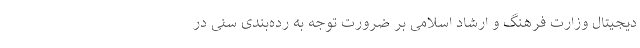
دیجیتال وزارت فرهنگ و ارشاد اسلامی بر ضرورت توجه به رده‌بندی سنی در